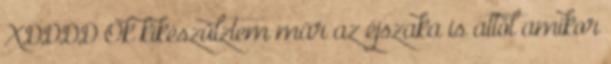
XDDDD Ok kikészülztem már az éjszaka is attól amikor